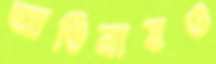
আঙিনায়ও